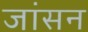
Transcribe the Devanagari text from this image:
जांसन